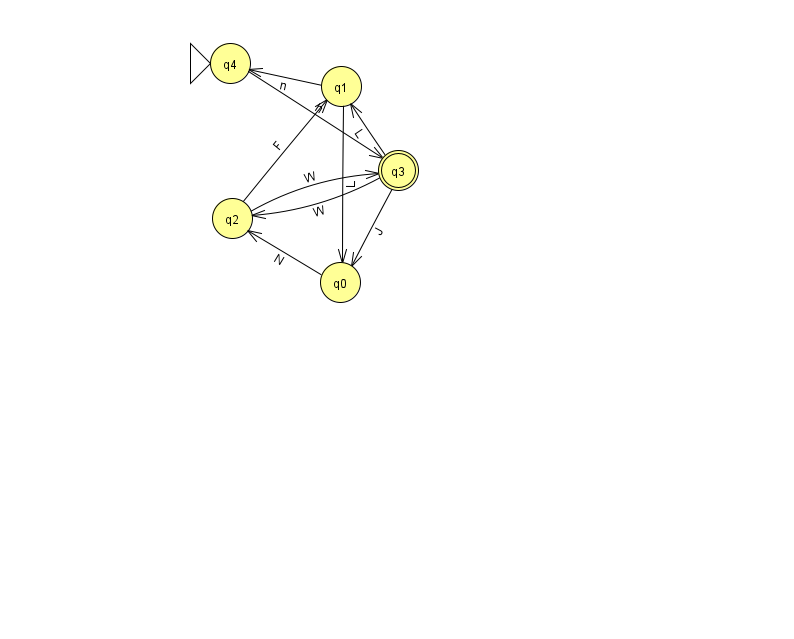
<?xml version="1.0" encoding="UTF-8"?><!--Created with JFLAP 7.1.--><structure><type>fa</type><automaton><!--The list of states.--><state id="0" name="q0"><x>340.0</x><y>269.0</y></state><state id="1" name="q1"><x>341.0</x><y>73.0</y></state><state id="2" name="q2"><x>232.0</x><y>205.0</y></state><state id="3" name="q3"><x>398.0</x><y>157.0</y><final/></state><state id="4" name="q4"><x>230.0</x><y>50.0</y><initial/></state><!--The list of transitions.--><transition><from>3</from><to>0</to><read>J</read></transition><transition><from>4</from><to>3</to><read>h</read></transition><transition><from>0</from><to>2</to><read>N</read></transition><transition><from>1</from><to>0</to><read>L</read></transition><transition><from>1</from><to>4</to><read>n</read></transition><transition><from>2</from><to>3</to><read>W</read></transition><transition><from>3</from><to>2</to><read>W</read></transition><transition><from>2</from><to>1</to><read>F</read></transition><transition><from>3</from><to>1</to><read>L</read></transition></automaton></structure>